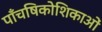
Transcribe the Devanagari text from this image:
पाँचषिकोशिकाओं